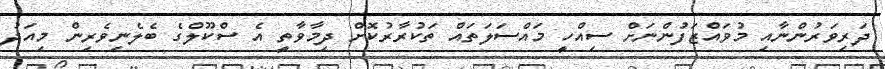
ދަރިވަރުންނާއި މުވައްޒަފުންނަށް ސިއްހީ މައްސަލަތައް ތަކުރާރުކޮށް ދިމާވާތީ އެ ސްކޫލްގެ ބެލެނިވެރިން މިއަދު